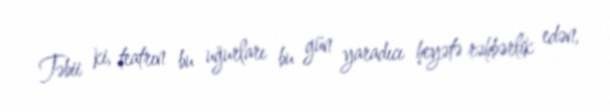
Təbii ki, teatrın bu uğurları bu gün yaradıcı heyətə rəhbərlik edən,